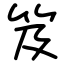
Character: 笈